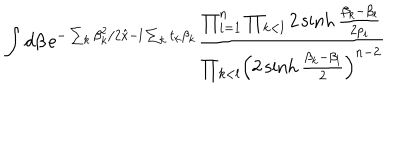
\int d \beta \, \mathrm { e } ^ { - \sum _ { k } \beta _ { k } ^ { 2 } / 2 \hat { x } - l \sum _ { k } t _ { k } \beta _ { k } } { \frac { \prod _ { i = 1 } ^ { n } \prod _ { k < l } 2 \sinh { \frac { \beta _ { k } - \beta _ { l } } { 2 p _ { i } } } } { \prod _ { k < l } \Bigl ( 2 \sinh { \frac { \beta _ { k } - \beta _ { l } } { 2 } } \Bigr ) ^ { n - 2 } } }